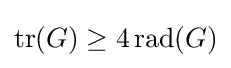
{\textstyle \mathop {\mathrm {tr} } (G)\geq 4\mathop {\mathrm {rad} } (G)}